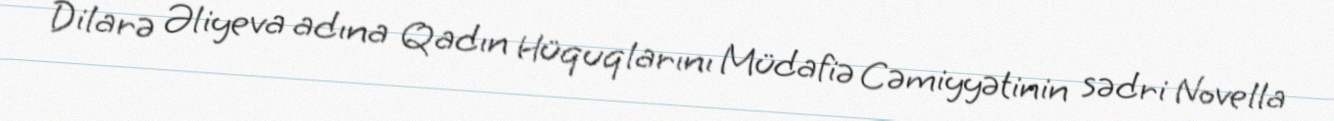
Dilarə Əliyeva adına Qadın Hüquqlarını Müdafiə Cəmiyyətinin sədri Novella